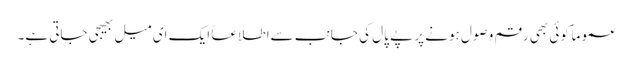
عموماً کوئی بھی رقم وصول ہونے پر پے پال کی جانب سےاطلاعاً ایک ای میل بھیجی جاتی ہے۔